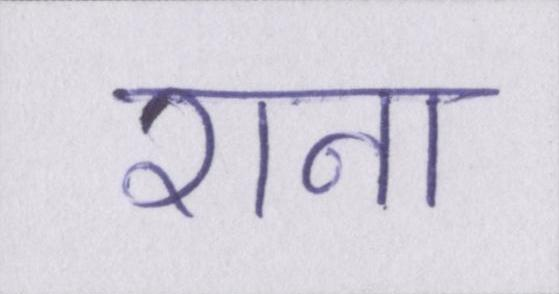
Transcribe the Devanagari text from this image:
राना